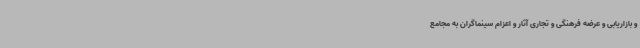
و بازاریابی و عرضه فرهنگی و تجاری آثار و اعزام سینماگران به مجامع